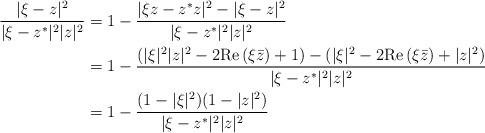
\begin{align*} \frac{|\xi-z|^2}{|\xi-z^*|^2|z|^2} &=1-\frac{|\xi z-z^*z|^2-|\xi-z|^2}{|\xi-z^*|^2|z|^2} \\ &=1-\frac{(|\xi|^2|z|^2-2 {\rm Re}\, (\xi \bar z) +1)- (|\xi|^2- 2 {\rm Re}\,(\xi \bar z) +|z|^2)}{|\xi-z^*|^2|z|^2} \\ &= 1-\frac{(1-|\xi|^2)(1-|z|^2)}{|\xi-z^*|^2|z|^2} \end{align*}